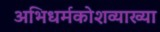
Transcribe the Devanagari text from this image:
अभिधर्मकोशव्याख्या